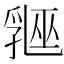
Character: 𬋲